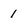
Character: 1